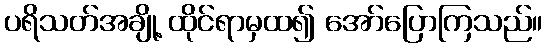
ပရိသတ်အချို့ ထိုင်ရာမှထ၍ အော်ပြောကြသည်။